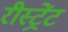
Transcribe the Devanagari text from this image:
रीस्ट्रेंट